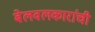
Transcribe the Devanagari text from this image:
बेलवलकारांची